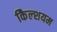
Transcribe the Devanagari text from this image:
कैिल्शयम